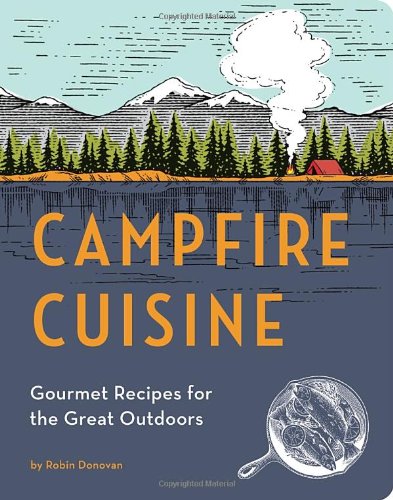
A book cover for Campfire Cuisine: Gourmet Recipes for the Great Outdoors; Robin Donovan; Cookbooks, Food & Wine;